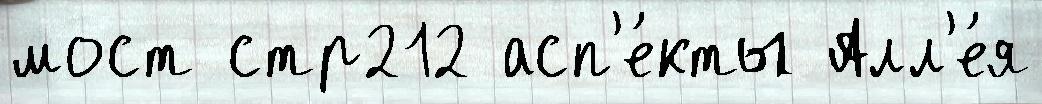
мост стр212 асп'е́кты Алл'е́я